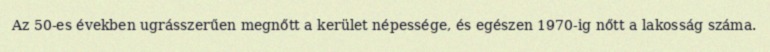
Az 50-es években ugrásszerűen megnőtt a kerület népessége, és egészen 1970-ig nőtt a lakosság száma.